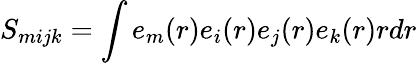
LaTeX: S_{mijk}=\int e_{m}(r)e_{i}(r)e_{j}(r)e_{k}(r)rdr